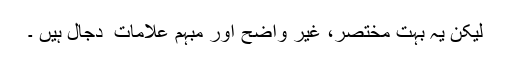
لیکن یہ بہت مختصر، غیر واضح اور مبہم علامات ِ دجال ہیں ۔